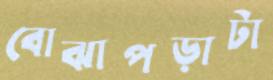
বোঝাপড়াটা